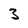
Character: 3